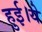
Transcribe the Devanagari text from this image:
हुई।ये